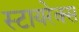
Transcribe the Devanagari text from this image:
स्टायरेक्स